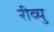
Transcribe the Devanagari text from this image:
रीव्यु